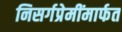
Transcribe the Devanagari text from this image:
निसर्गप्रेमींमार्फत